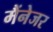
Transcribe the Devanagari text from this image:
मैंनेजर